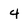
Character: 4